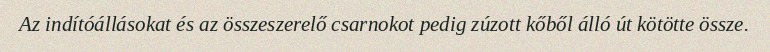
Az indítóállásokat és az összeszerelő csarnokot pedig zúzott kőből álló út kötötte össze.